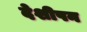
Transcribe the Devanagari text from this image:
देशीपन